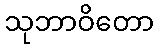
သုဘာဝိတော